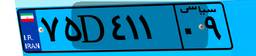
۱۷D۵۴۳۶۵